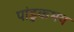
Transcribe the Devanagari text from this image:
पांडुकभय